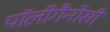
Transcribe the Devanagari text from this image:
पॉलीगैनोसी